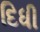
દિધી